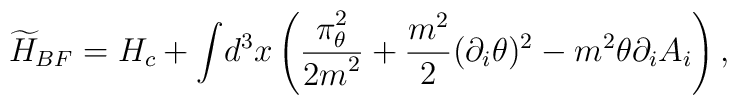
{\widetilde H_{BF}} = H_c + {\displaystyle \int} d^3x \left(\frac{\displaystyle \pi_{\theta}^2}{\displaystyle 2m^2} + \frac{m^2}{2}(\partial_i\theta)^2 - m^2\theta\partial_iA_i\right),